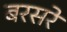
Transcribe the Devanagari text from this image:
बरसरे